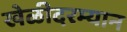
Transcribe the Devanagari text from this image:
खेळीदरम्यान